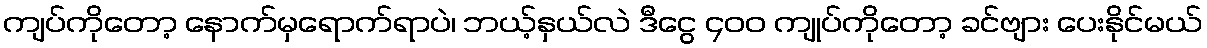
ကျပ်ကိုတော့ နောက်မှရောက်ရာပဲ၊ ဘယ့်နှယ်လဲ ဒီငွေ ၄၀၀ ကျုပ်ကိုတော့ ခင်ဗျား ပေးနိုင်မယ်